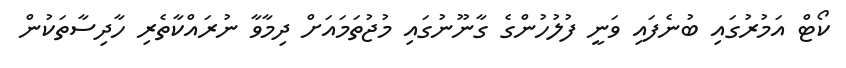
ކޯޓް އަމުރުގައި ބުނެފައި ވަނީ ފުލުހުންގެ ގާނޫނުގައި މުޖުތަމައަށް ދިމާވާ ނުރައްކާތެރި ހާދިސާތަކުން